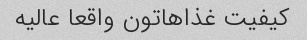
کیفیت غذاهاتون واقعا عالیه